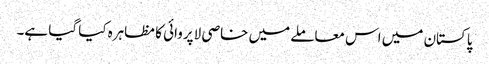
پاکستان میں اس معاملے میں خاصی لاپروائی کا مظاہرہ کیا گیا ہے۔